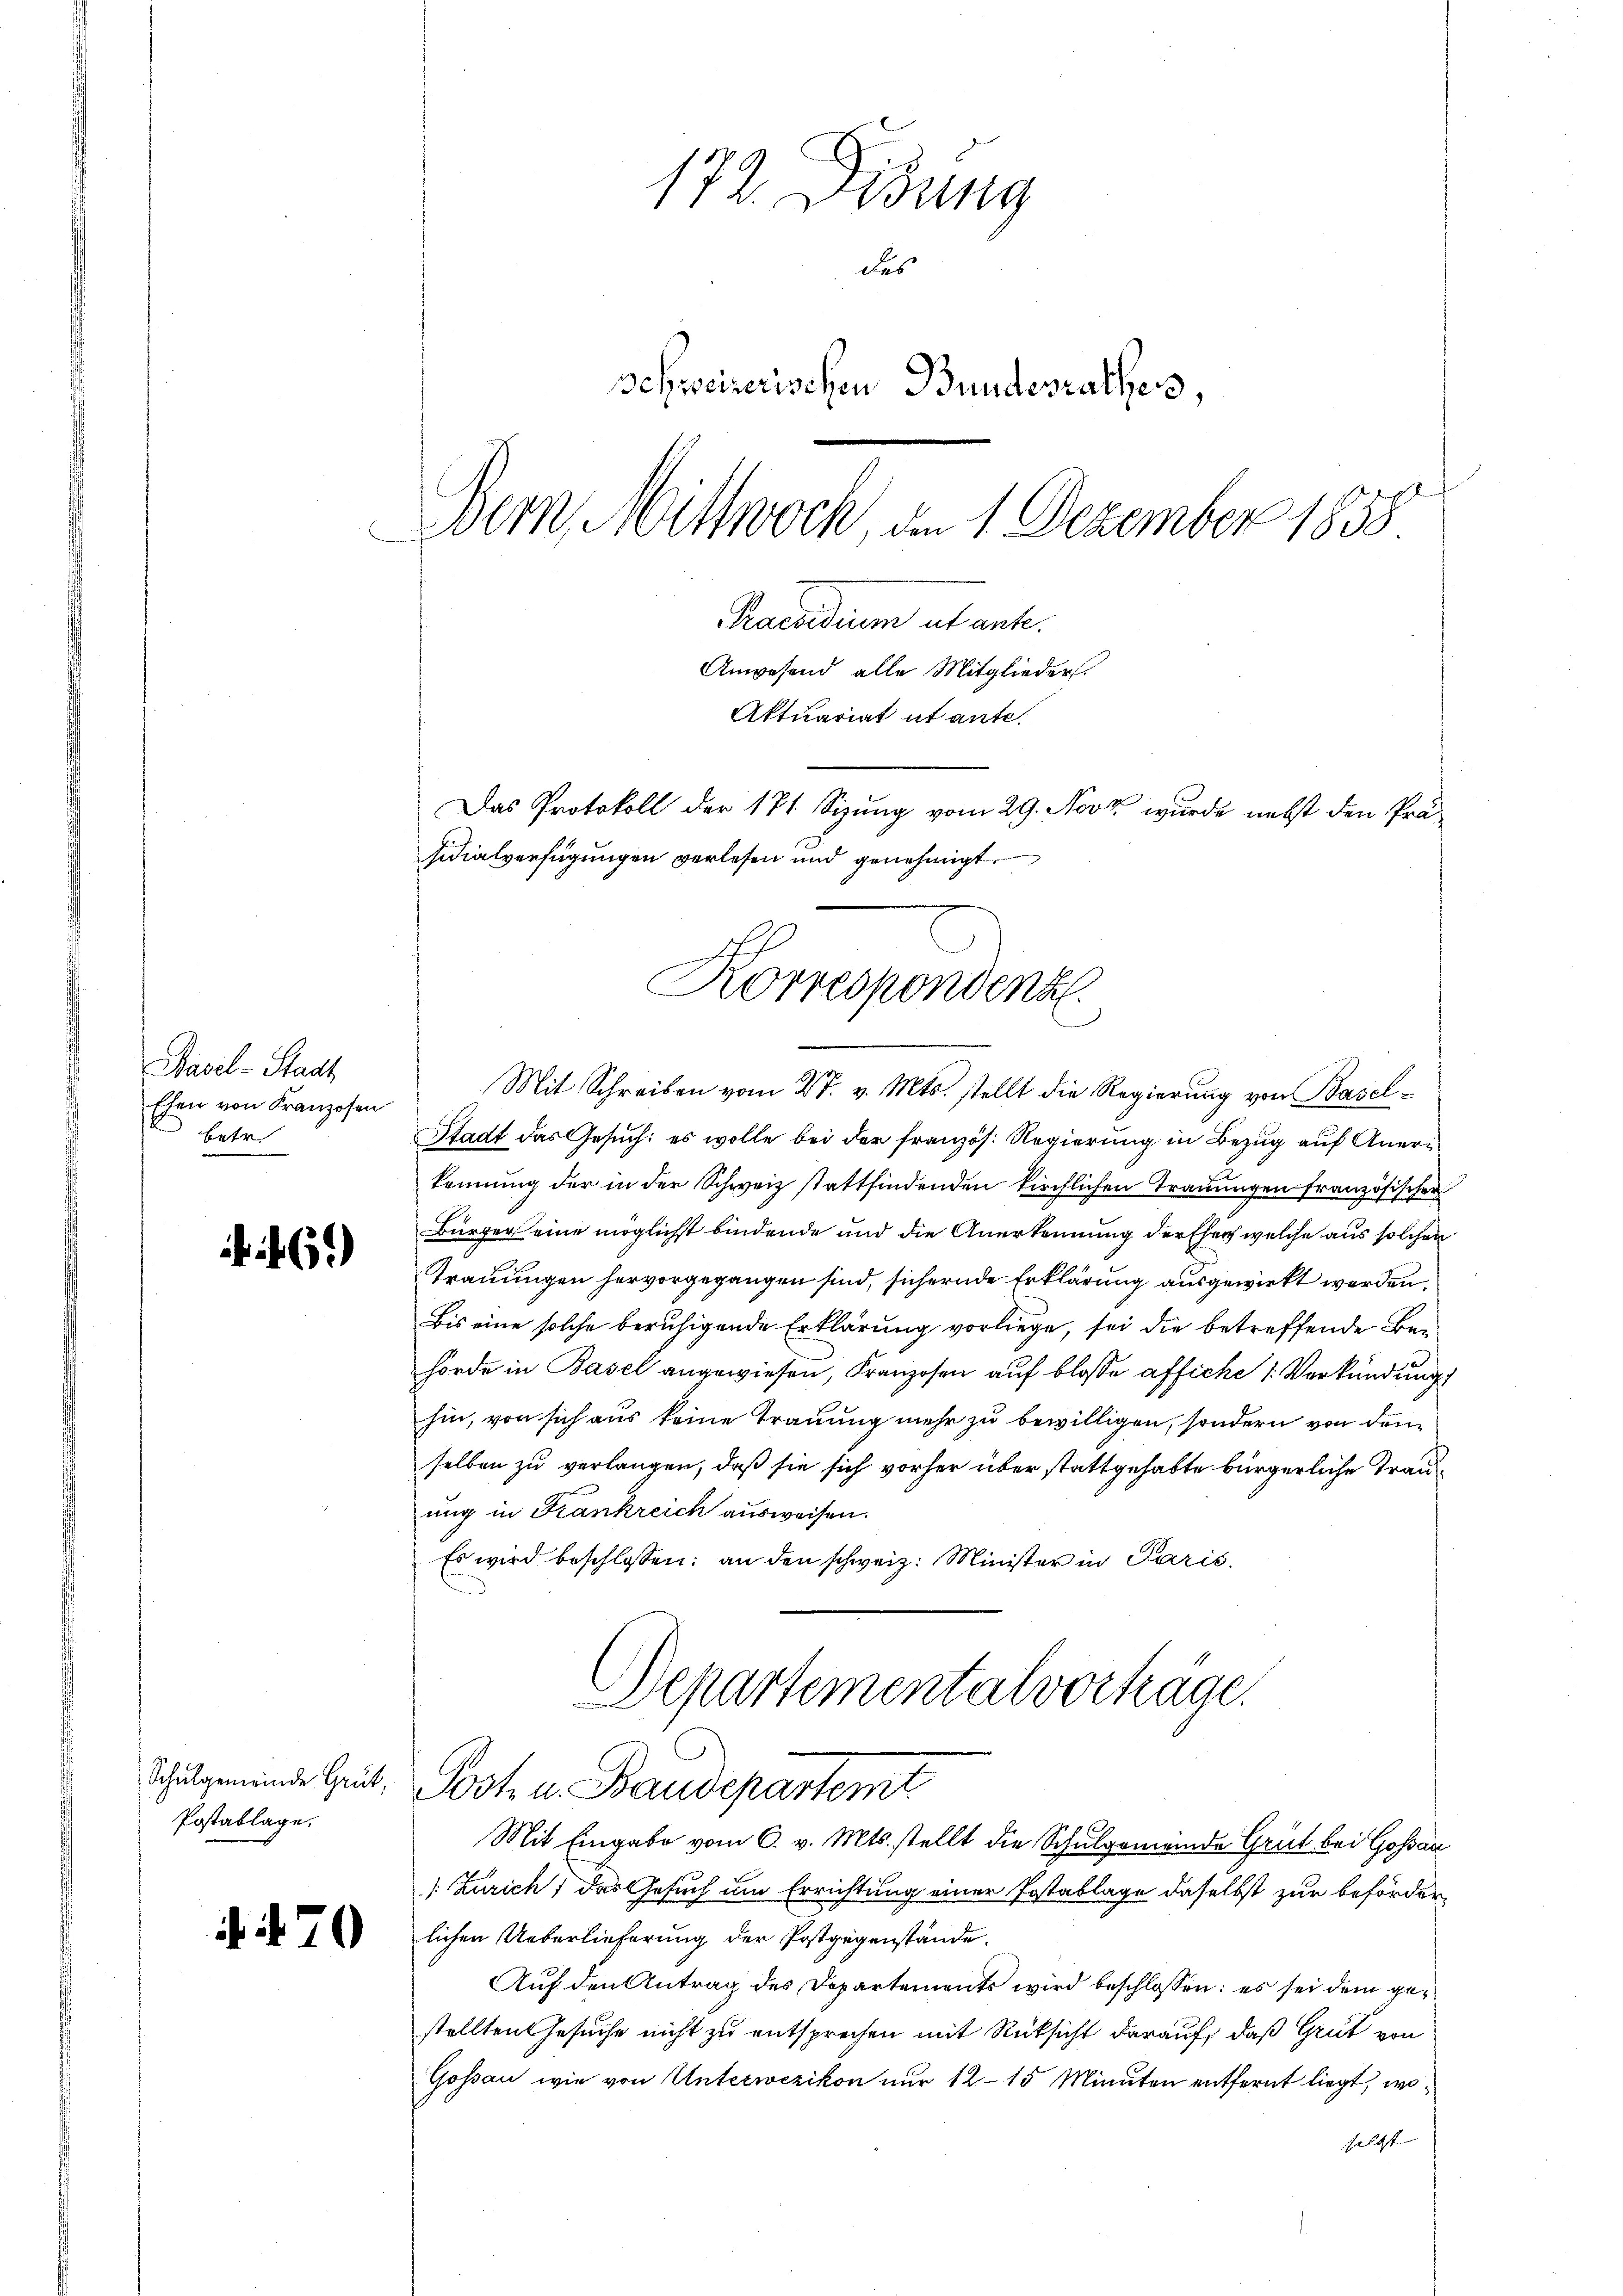
Basel-Stadt
Ehen von Franzosen
betr.

469)

Postablage.

172. Disung
des
schweizerischen Bundesrathes,
Bern, Mittwoch, den 1. Dezember 1858
Praesidium ut ante.
Anwesend alle Mitglieder.
Aktuariat utante.

Mit Schreiben vom 27. v. Mts. stellt die Regierung von Basel¬
Stadt das Gesuch: es wolle bei der französ. Regierung in Bezug auf Anerkennung der in der Schweiz stattfindenden kirchlichen Trauungen französischen
Bürger eine möglichst bindende und die Anerkennung der Ehen welche aus solchen
Trauungen hervorgegangen sind, sichernde Erklärung ausgewirkt werden,
Bis eine solche beruhigende Erklärung vorliege, sei die betreffende Benhörde in Basel angewiesen, Franzosen auf blosse affiche 1. Verkündung
hin, von sich aus keine Trauung mehr zu bewilligen, sondern von den
selben zu verlangen, daß sie sich vorher über stattgehabte bürgerliche Frauung in Krankreich ausweisen.
Es wird beschlossen: an den schweiz. Minister in Paris
Departementalvorträge.
Schulgemeinde Zeit. Post u. Baudepartemt
Mit Eingabe vom 6. v. Mts. stellt die Schulgemeinde Grüt bei Goßau
/. Zürich, das Gesuch um Errichtung einer Postablage daselbst zur beförderd   lichen Ueberlieferung der Postgegenstände.
Auf den Antrag des Departements wird beschlossen: es sei dem gestellten Gesuche nicht zu entsprechen mit Rücksicht darauf, daß Grüt von
Gossau wie von Unterwezikon nur 12–15 Minuten entfernt liegt, woselbst

Das Protokoll der 171 Sizung vom 29. Novz wurde nebst den Präsidialverfügungen verlesen und genehmigt.
Korrespondenz